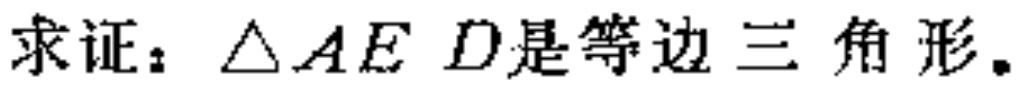
求证：$\triangle AED是等边三角形.$